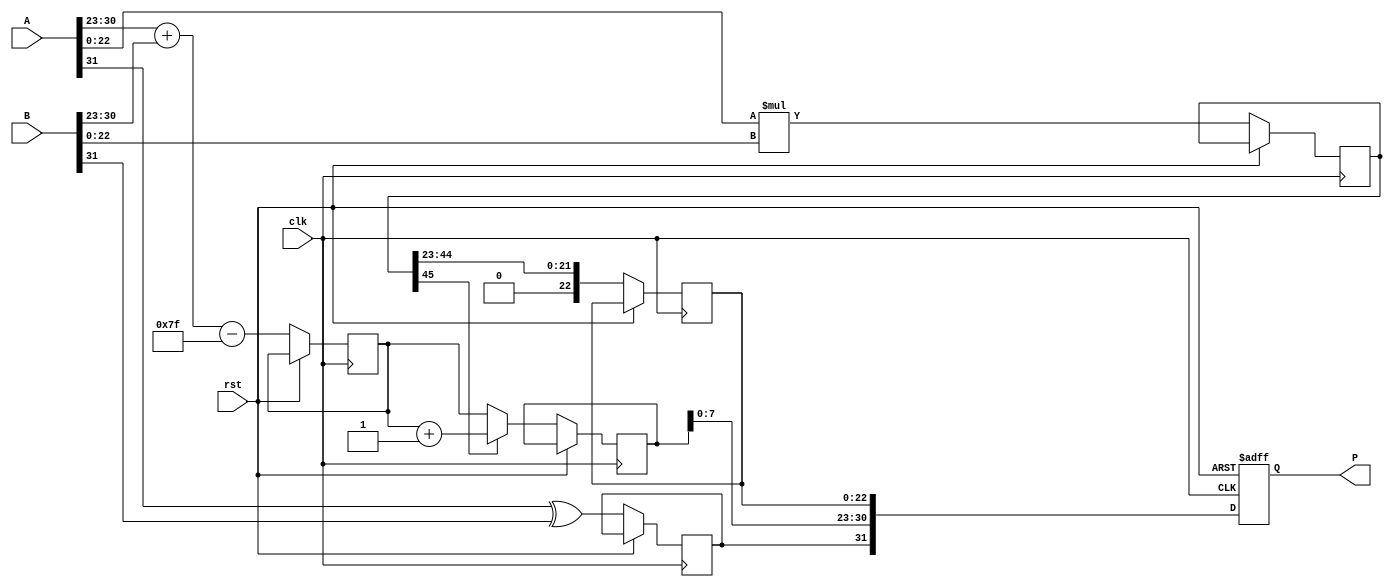
module radix4_fp_multiplier #(
    parameter e = 8, // Exponent bits
    parameter m = 23 // Mantissa bits
)(
    input wire clk,
    input wire rst,
    input wire [m+e:0] A, // IEEE 754 floating-point number A (1 sign bit, e exponent bits, m mantissa bits)
    input wire [m+e:0] B, // IEEE 754 floating-point number B
    output reg [m+e:0] P // IEEE 754 floating-point product P
);

    // Internal signals
    wire sign_A = A[m + e];                   // Sign bit of A
    wire sign_B = B[m + e];                   // Sign bit of B
    wire [e-1:0] exponent_A = A[m + e - 1:m]; // Exponent of A
    wire [e-1:0] exponent_B = B[m + e - 1:m]; // Exponent of B
    wire [m-1:0] mantissa_A = A[m - 1:0];     // Mantissa of A
    wire [m-1:0] mantissa_B = B[m - 1:0];     // Mantissa of B

    reg [m+m-1:0] mantissa_product; // Product of mantissas
    reg [e:0] result_exponent; // Result exponent (1 extra bit for overflow)
    reg result_sign; // Result sign
    reg [m-1:0] normalized_mantissa; // Normalized mantissa
    reg [e:0] adjusted_exponent; // Adjusted exponent for normalization

    // Bias calculation
    localparam bias = (1 << (e-1)) - 1;

    // Stage 1: Multiplication of mantissas
    always @ (posedge clk or posedge rst) begin
        if (rst) begin
            P <= 0;
        end else begin
            // Compute sign of result
            result_sign <= sign_A ^ sign_B;

            // Stage 2: Multiply mantissas (using radix-4)
            mantissa_product <= mantissa_A * mantissa_B;

            // Stage 3: Calculate the exponent
            result_exponent <= {1'b0, exponent_A} + {1'b0, exponent_B} - bias;

            // Stage 4: Normalize mantissa
            if (mantissa_product[m+m-1] == 1) begin
                // If the product is larger than 2.0
                normalized_mantissa <= mantissa_product[m+m-2:m]; // Shift right
                adjusted_exponent <= result_exponent + 1;
            end else begin
                // If the product is in range
                normalized_mantissa <= mantissa_product[m+m-1:m]; // Use the product directly
                adjusted_exponent <= result_exponent;
            end

            // Stage 5: Rounding (simplified, implement as needed)
            // Here we can implement different rounding strategies as needed.
            // This is a placeholder for the rounding logic.

            // Stage 6: Combine results into floating-point format
            P <= {result_sign, adjusted_exponent[e-1:0], normalized_mantissa[m-1:0]};
        end
    end

endmodule